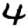
Digit: 4